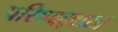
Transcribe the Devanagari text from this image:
परिषदद्वारा।